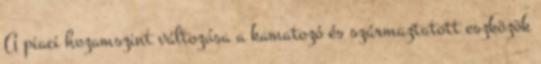
A piaci hozamszint változása a kamatozó és származtatott eszközök